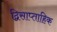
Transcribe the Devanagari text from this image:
द्विसाप्‍ताहिक